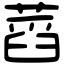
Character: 蓞